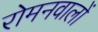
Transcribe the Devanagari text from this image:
रोमनवालों